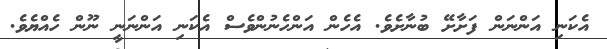
އެކަނި އަންނަން ފަށާށޭ ބުނާށެވެ. އެހެން އަންހެނުންވެސް އެކަނި އަންނަނީ ނޫން ހެއްޔެވެ.